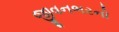
જીવનભરનો